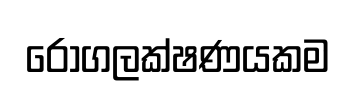
රෝගලක්ෂණයකම